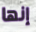
إنها